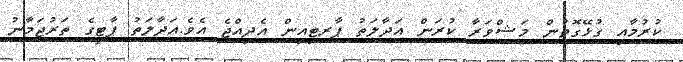
ކުރުމާއި ގުޅޭގޮތުން މަޝްވަރާ ކުރަން އަދާލަތު ޕާރޓިއިން އެދިއްޖެ އެވެ.އަދާލަތު ޕާޓީގެ ތަރުޖަމާނު